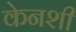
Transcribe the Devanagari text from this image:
केनशी